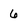
Character: 6